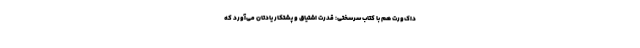
داک‌ورت هم با کتاب سرسختی: قدرت اشتیاق و پشتکار یادتان می‌آورد که